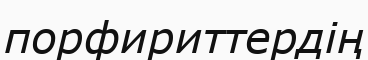
порфириттердің